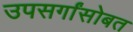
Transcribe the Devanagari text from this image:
उपसर्गांसोबत